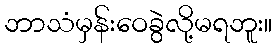
ဘာသံမှန်းဝေခွဲလို့မရဘူး။